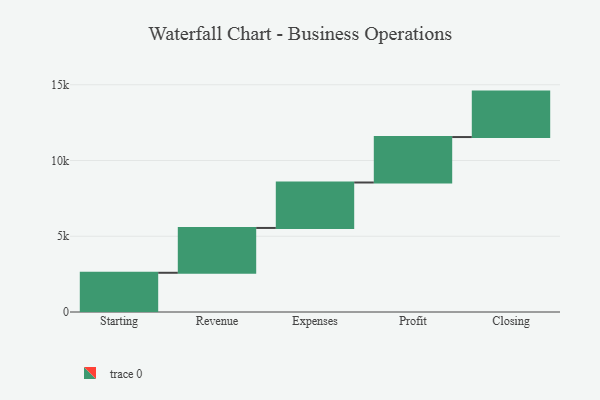
{"axis": {"x": "Step", "y": "Value"}, "legend": [""], "data": [{"x": "Starting", "y": 2589.0, "type": ""}, {"x": "Revenue", "y": 2959.0, "type": ""}, {"x": "Expenses", "y": 3000, "type": ""}, {"x": "Profit", "y": 3000, "type": ""}, {"x": "Closing", "y": 3000, "type": ""}]}